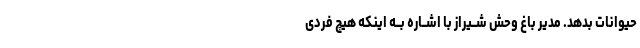
حیوانات بدهد. مدیر باغ وحش شــیراز با اشــاره بــه اینکه هیچ فردى